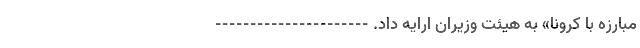
مبارزه با کرونا» به هیئت وزیران ارایه داد. ----------------------